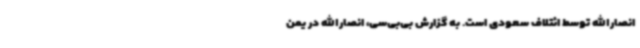
انصارالله توسط ائتلاف سعودی است. به گزارش بی‌بی‌سی، انصارالله در یمن